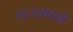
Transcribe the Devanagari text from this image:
१४२३मध्ये